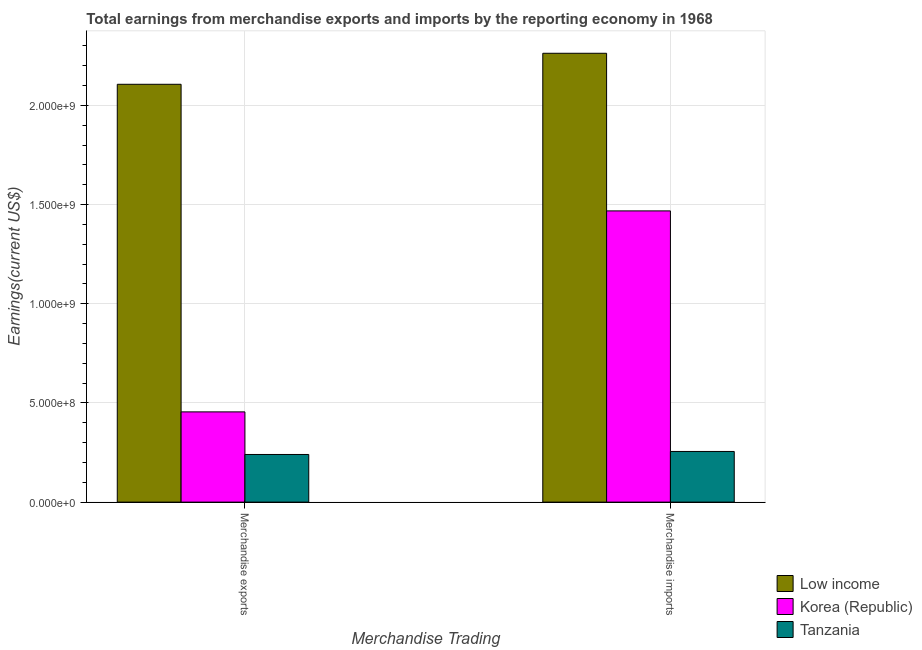
| Merchandise Trading | Low income | Korea (Republic) | Tanzania |
 | --- | --- | --- | --- |
 | Merchandise exports | 2.11e+09 | 4.55e+08 | 2.4e+08 |
 | Merchandise imports | 2.26e+09 | 1.47e+09 | 2.55e+08 |